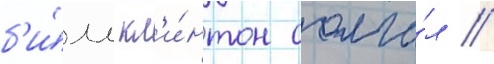
б'и́лл кл'и́нтон солга́л /